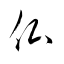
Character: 仏